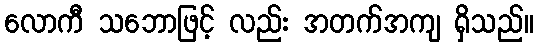
လောကီ သဘောဖြင့် လည်း အတက်အကျ ရှိသည်။